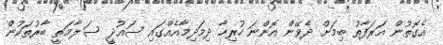
އެގޮތުން އަރަފާތު ބިމަށް ދެވޭން އޮންނަ ހުރިހާ ދިމަދިމާއެއްގައި ސައުދީ ސަލާމަތީ ބާރުތަކުން